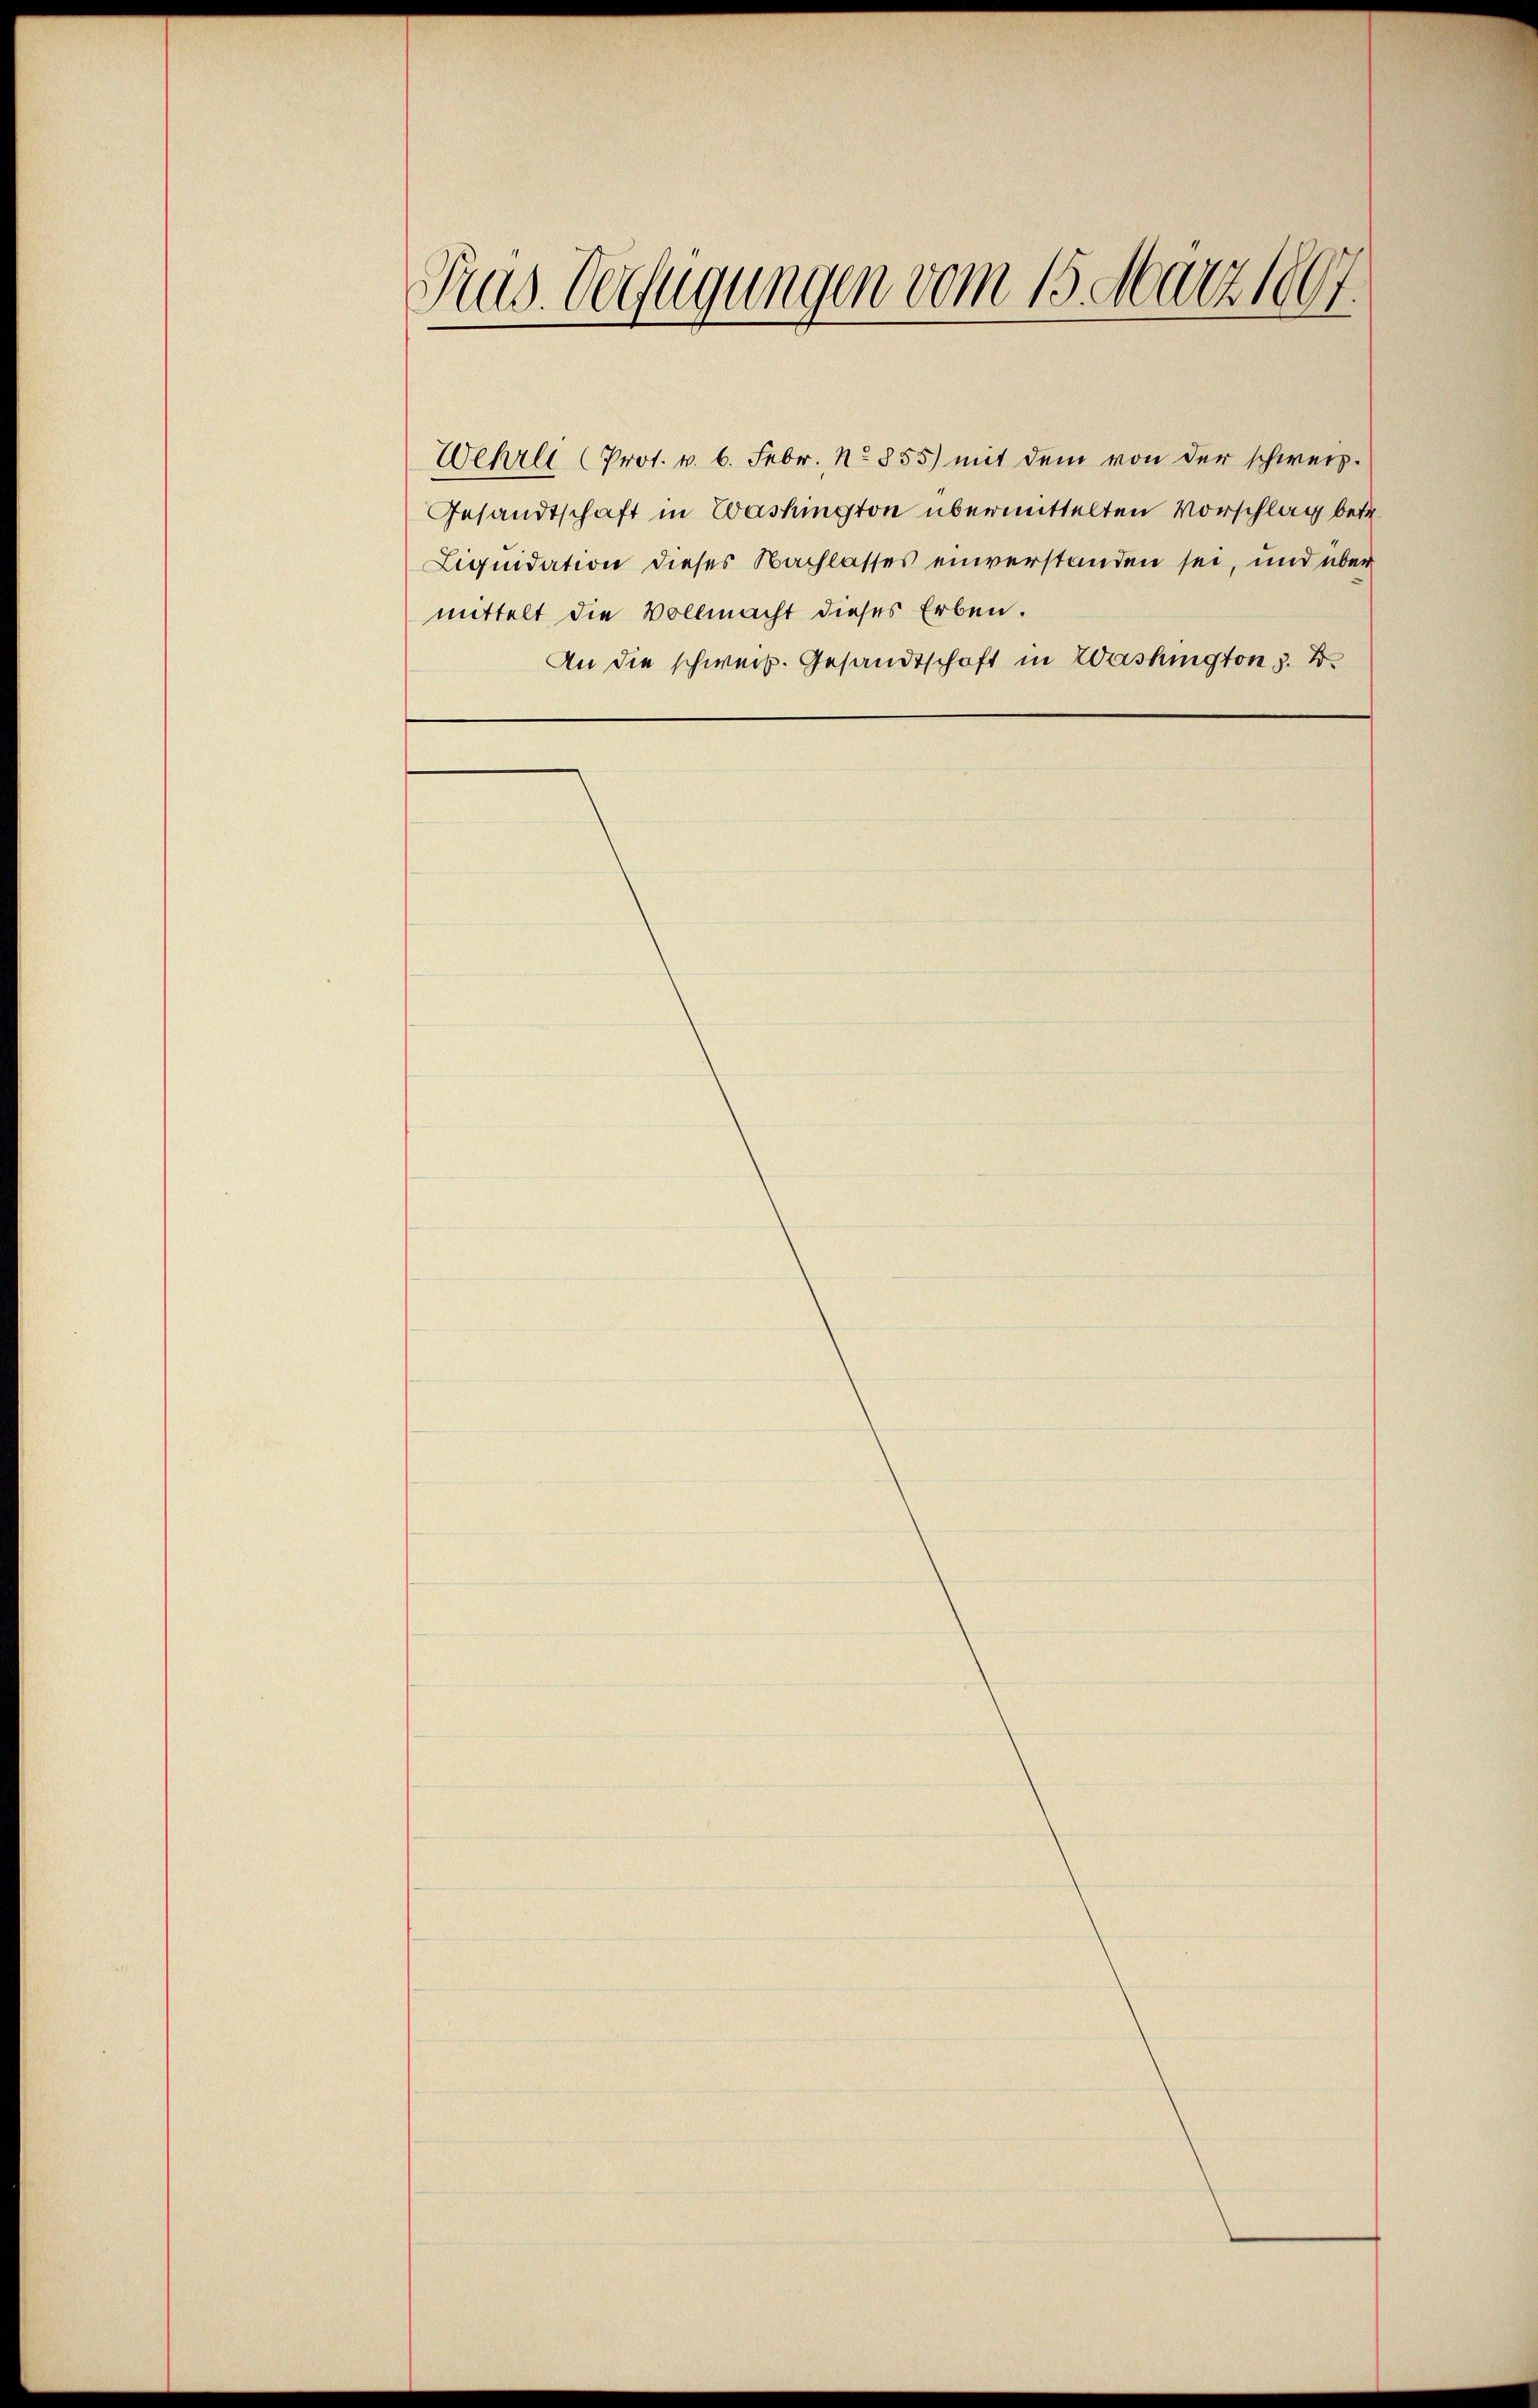
Sus. Verfügungen vom 15. März 1807.

Wehrli (Prot. v. 6. Febr. No 855) mit dem von der schweiz.
Gesandtschaft in Washington übermittelten Vorschlag betr.
Liquidation dieses Nachlasses einverstanden sei, und über
mittelt die Vollmacht dieses Erben.
An die schweiz. Gesandtschaft in Washington, z. B.